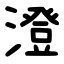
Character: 澄